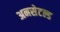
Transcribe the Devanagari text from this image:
अनसेटल्ड